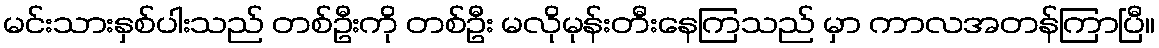
မင်းသားနှစ်ပါးသည် တစ်ဦးကို တစ်ဦး မလိုမုန်းတီးနေကြသည် မှာ ကာလအတန်ကြာပြီ။